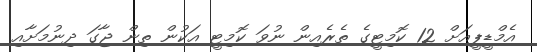
އެމްޑީޕީއަށް 12 ކޮމިޓީގެ ތެރެއިން ނުވަ ކޮމިޓީ އަކުން ތިން ޖާގަ ދިނުމަށާއި